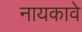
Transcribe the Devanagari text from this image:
नायकावे